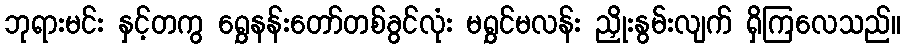
ဘုရားမင်း နှင့်တကွ ရွှေနန်းတော်တစ်ခွင်လုံး မရွှင်မလန်း ညှိုးနွမ်းလျက် ရှိကြလေသည်။